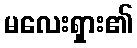
မလေးရှား၏